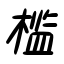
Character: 檻